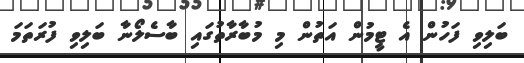
ބަލިވި ފަހުން އެ ޓީމުން އަތުން މި މުބާރާތުގައި ބާސެލޯނާ ބަލިވި ފުރަތަމަ